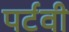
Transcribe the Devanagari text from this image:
पर्टवी